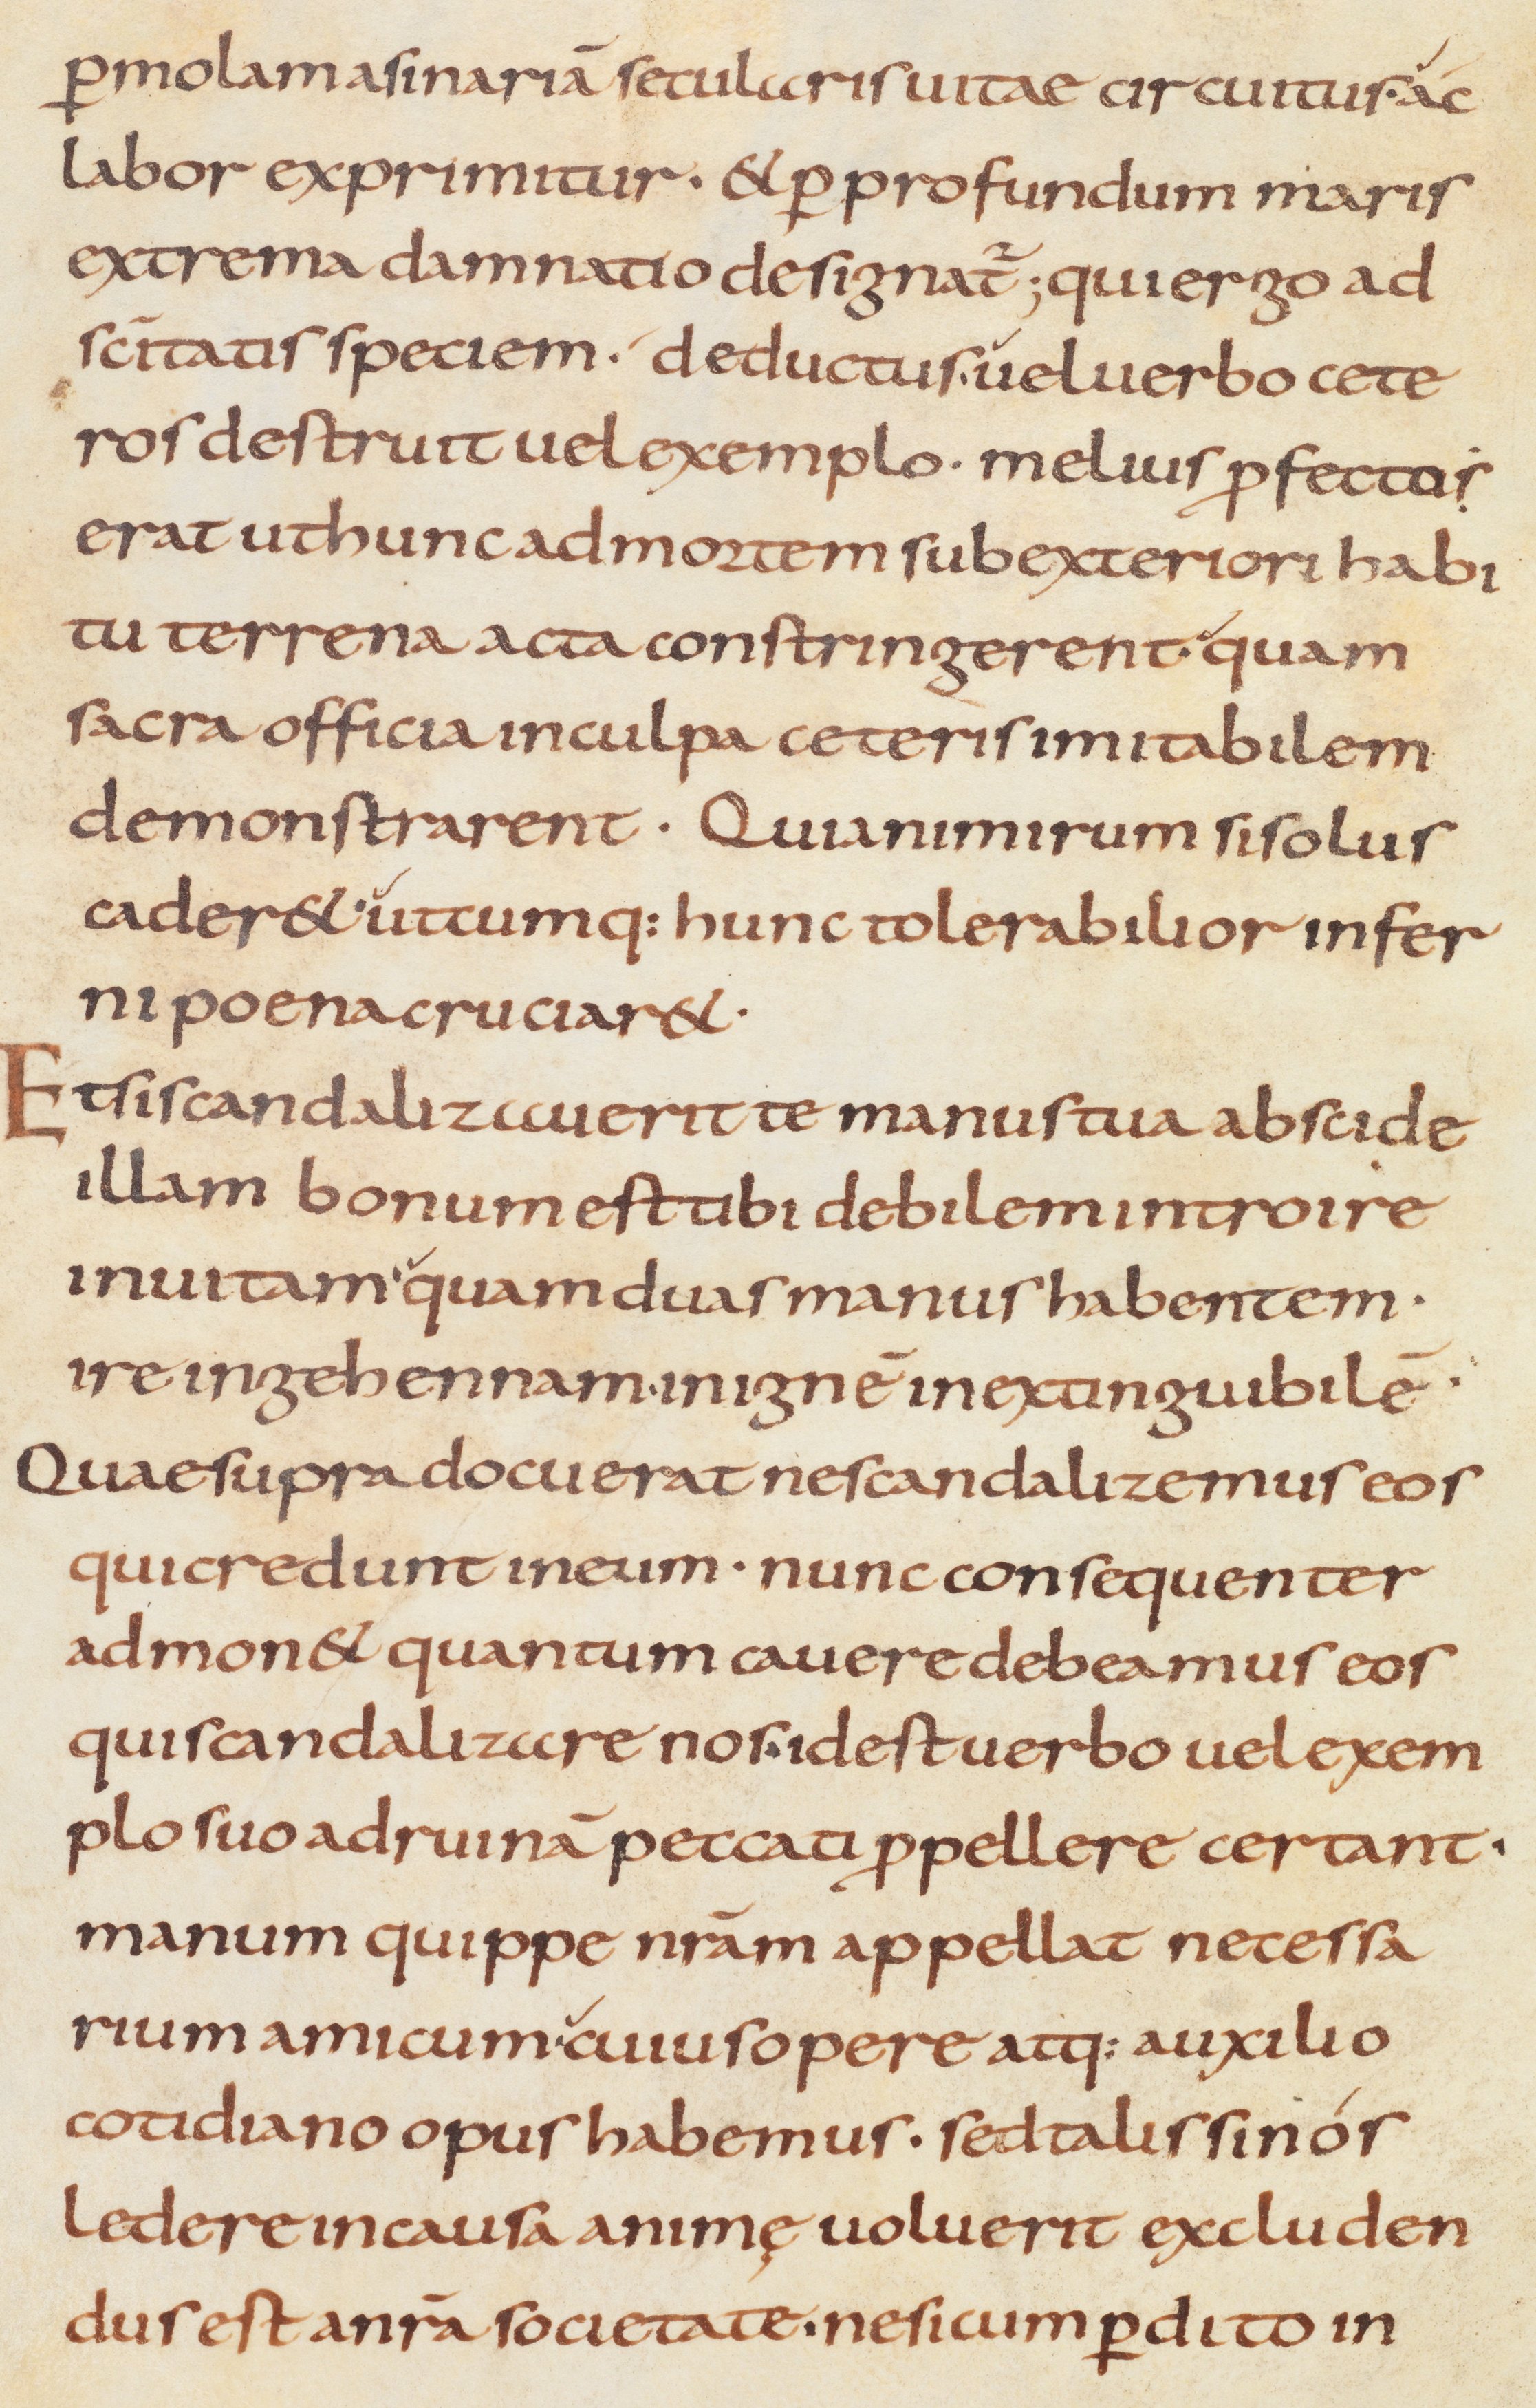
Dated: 800–999